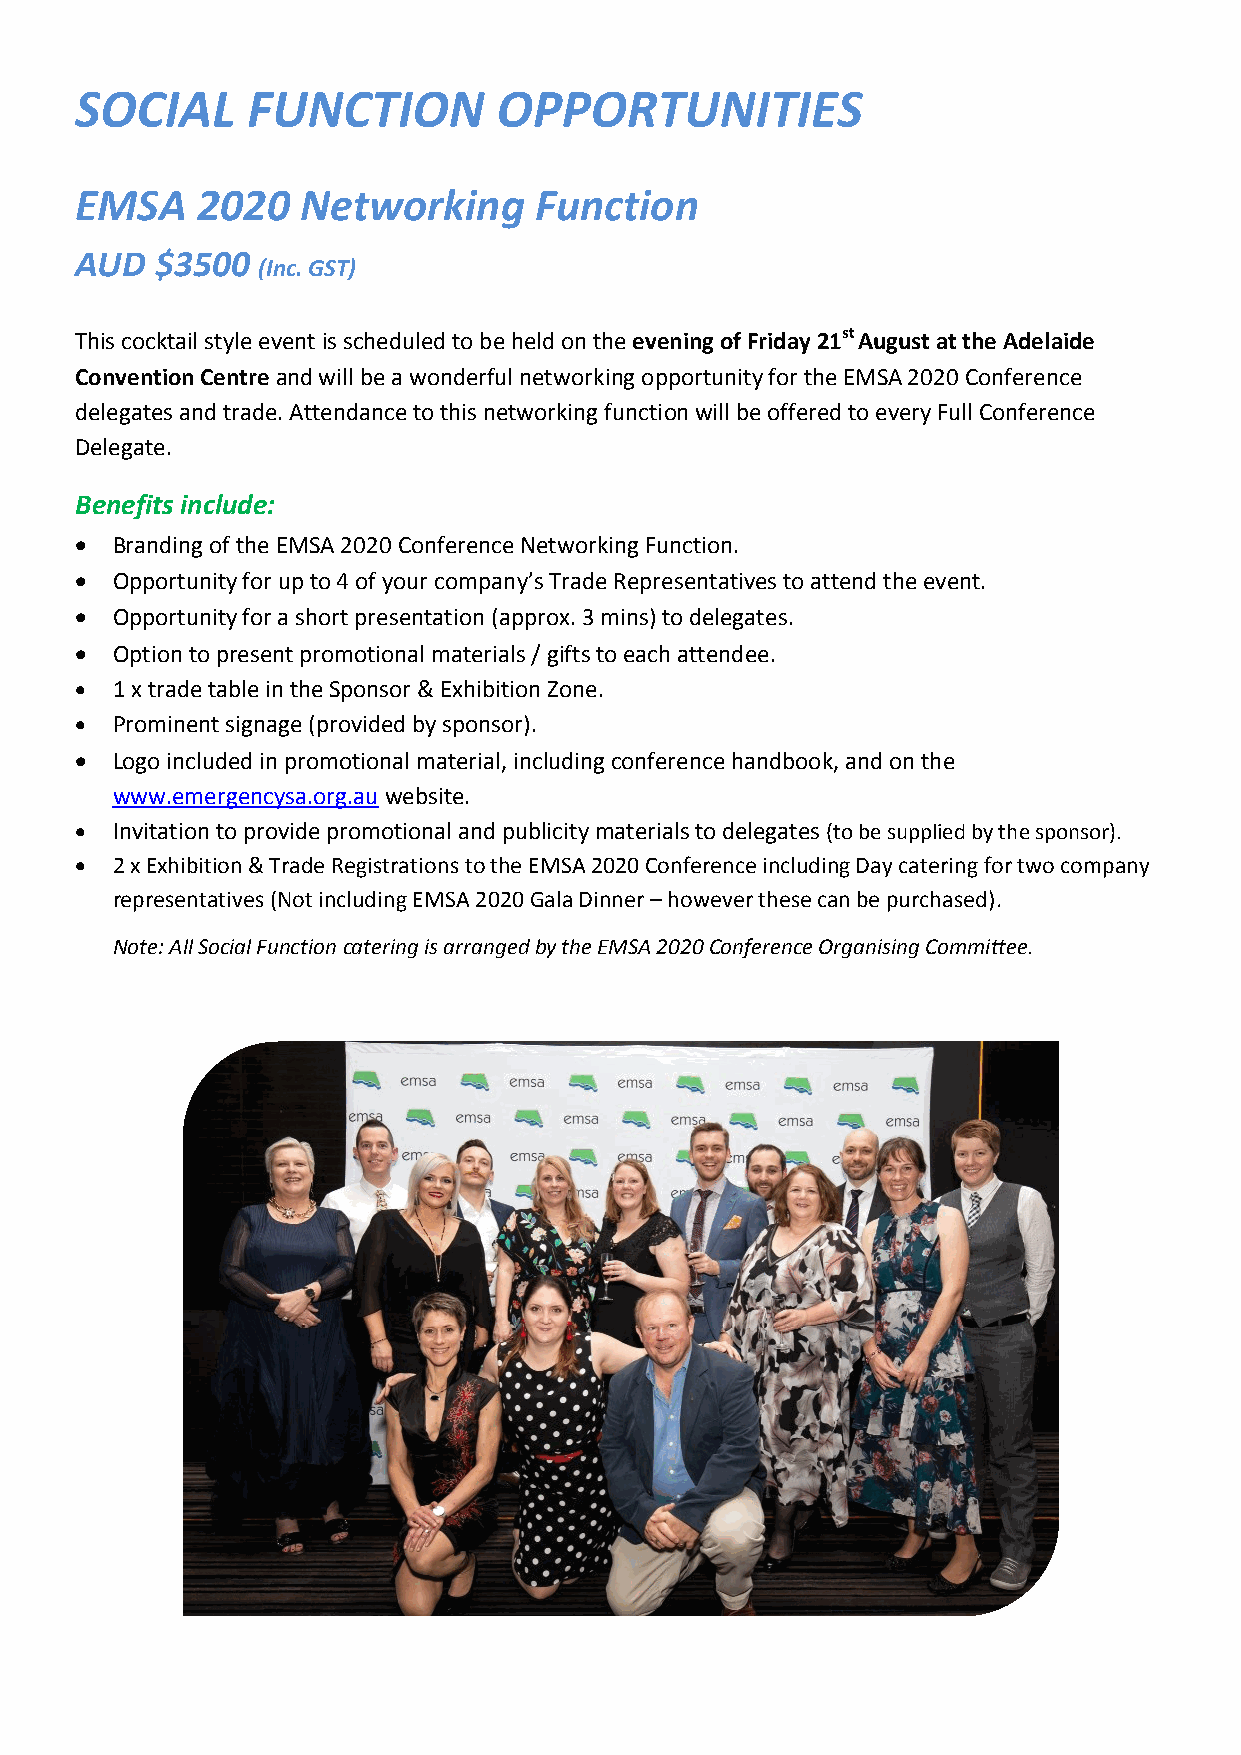
SOCIAL     FUNCTION         OPPORTUNITIES
 EMSA    2020   Networking     Function
 AUD  $3500
 (Inc. GST)
 This cocktail style event is scheduled to be held on the evening of Friday 21st August at the Adelaide
 Convention Centre and will be a wonderful networking opportunity for the EMSA 2020 Conference
 delegates and trade. Attendance to this networking function will be offered to every Full Conference
 Delegate.
 Benefits include:
  Branding of the EMSA 2020 Conference Networking Function.
  Opportunity for up to 4 of your company’s Trade Representatives to attend the event.
  Opportunity for a short presentation (approx. 3 mins) to delegates.
  Option to present promotional materials / gifts to each attendee.
  1 x trade table in the Sponsor & Exhibition Zone.
  Prominent signage (provided by sponsor).
  Logo included in promotional material, including conference handbook, and on the
 www.emergencysa.org.au website.
  Invitation to provide promotional and publicity materials to delegates (to be supplied by the sponsor).
  2 x Exhibition & Trade Registrations to the EMSA 2020 Conference including Day catering for two company
 representatives (Not including EMSA 2020 Gala Dinner – however these can be purchased).
 Note: All Social Function catering is arranged by the EMSA 2020 Conference Organising Committee.